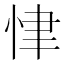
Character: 𢘶